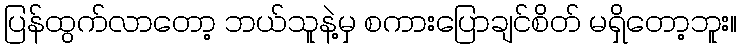
ပြန်ထွက်လာတော့ ဘယ်သူနဲ့မှ စကားပြောချင်စိတ် မရှိတော့ဘူး။